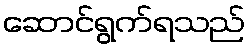
ဆောင်ရွက်ရသည်